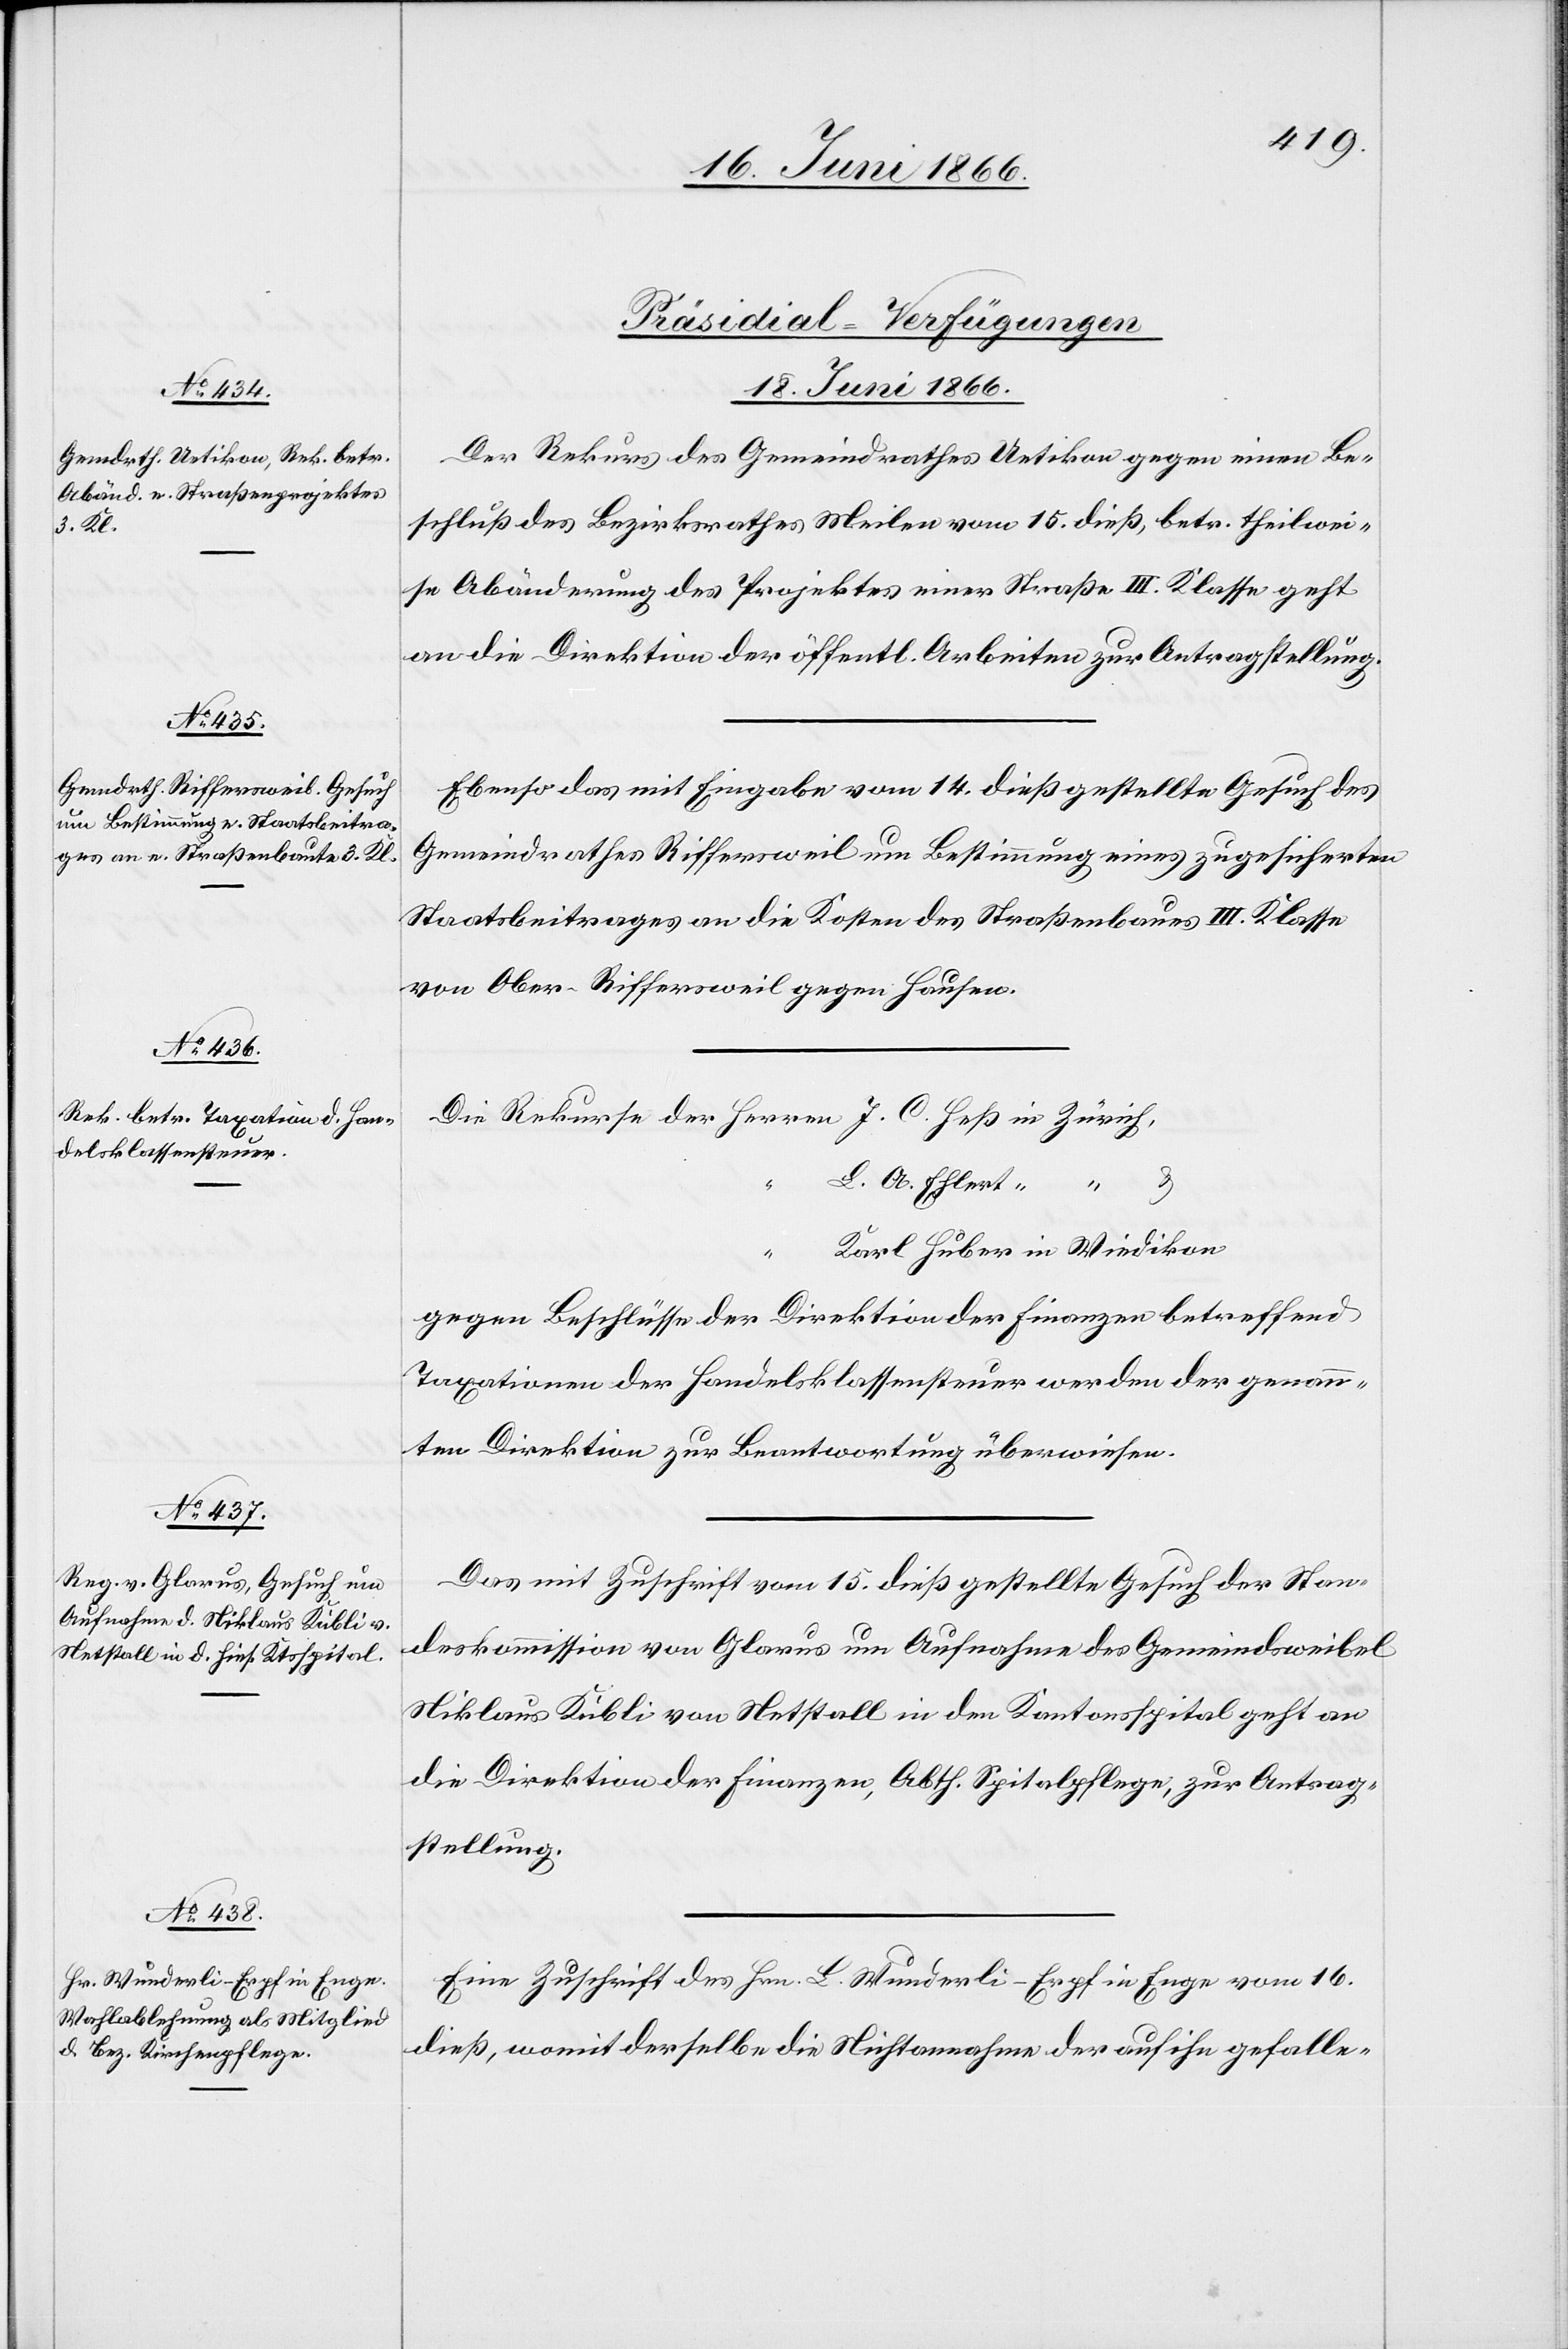
J. C.

18. Juni 1866.]
[Präsidial-Verfügungen.
18. Juni 1866.
Der Rekurs des Gemeindrathes Uetikon gegen einen Be¬
schluß des Bezirksrathes Meilen vom 15. dieß, betr. theilwei¬
se Abänderung des Projektes einer Straße III. Klasse geht
an die Direktion der öffentl. Arbeiten zur Antragstellung.
Ebenso das mit Eingabe vom 14. dieß gestellte Gesuch des
Gemeindrathes Riffersweil um Bestimmung eines zugesicherten
Staatsbeitrages an die Kosten des Straßenbaues III. Klasse
von Ober-Riffersweil gegen Hausen.
L. Ob. Ehlert
18.
u.
Huber
gegen Beschlüsse der Direktion der Finanzen betreffend
Taxationen der Handelsklassensteuer werden der genann¬
ten Direktion zur Beantwortung überwiesen.
Das mit Zuschrift vom 15. dieß gestellte Gesuch der Stan¬
deskommission von Glarus um Aufnahme des Gemeindweibel
Niklaus Kübli von Netstall in den Kantonsspital geht an
die Direktion der Finanzen, Abtheilung Spitalpflege, zur Antrag¬
stellung.
Eine Zuschrift des Hrn. B. Wunderli-Erpf in Enge vom 16.
dieß, womit derselbe die Nichtannahme der auf ihn gefalle-